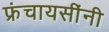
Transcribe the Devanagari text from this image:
फ्रंचायसींनी